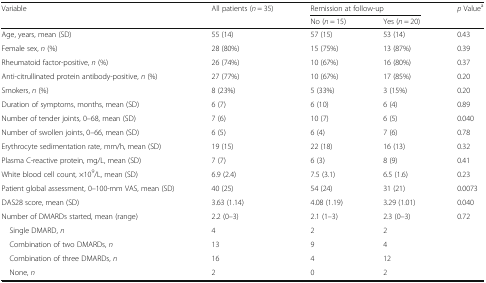
<table><thead><tr><td><b>Variable</b></td><td><b>All patients (<i>n</i> = 35)</b></td><td colspan="2"><b>Remission at follow-up</b></td><td><b><i>p</i> Value<sup>a</sup></b></td></tr><tr><td></td><td></td><td><b>No (<i>n</i> = 15)</b></td><td><b>Yes (<i>n</i> = 20)</b></td><td></td></tr></thead><tbody><tr><td>Age, years, mean (SD)</td><td>55 (14)</td><td>57 (15)</td><td>53 (14)</td><td>0.43</td></tr><tr><td>Female sex, <i>n</i> (%)</td><td>28 (80%)</td><td>15 (75%)</td><td>13 (87%)</td><td>0.39</td></tr><tr><td>Rheumatoid factor-positive, <i>n</i> (%)</td><td>26 (74%)</td><td>10 (67%)</td><td>16 (80%)</td><td>0.37</td></tr><tr><td>Anti-citrullinated protein antibody-positive, <i>n</i> (%)</td><td>27 (77%)</td><td>10 (67%)</td><td>17 (85%)</td><td>0.20</td></tr><tr><td>Smokers, <i>n</i> (%)</td><td>8 (23%)</td><td>5 (33%)</td><td>3 (15%)</td><td>0.20</td></tr><tr><td>Duration of symptoms, months, mean (SD)</td><td>6 (7)</td><td>6 (10)</td><td>6 (4)</td><td>0.89</td></tr><tr><td>Number of tender joints, 0–68, mean (SD)</td><td>7 (6)</td><td>10 (7)</td><td>6 (5)</td><td>0.040</td></tr><tr><td>Number of swollen joints, 0–66, mean (SD)</td><td>6 (5)</td><td>6 (4)</td><td>7 (6)</td><td>0.78</td></tr><tr><td>Erythrocyte sedimentation rate, mm/h, mean (SD)</td><td>19 (15)</td><td>22 (18)</td><td>16 (13)</td><td>0.32</td></tr><tr><td>Plasma C-reactive protein, mg/L, mean (SD)</td><td>7 (7)</td><td>6 (3)</td><td>8 (9)</td><td>0.41</td></tr><tr><td>White blood cell count, ×10<sup>9</sup>/L, mean (SD)</td><td>6.9 (2.4)</td><td>7.5 (3.1)</td><td>6.5 (1.6)</td><td>0.23</td></tr><tr><td>Patient global assessment, 0–100-mm VAS, mean (SD)</td><td>40 (25)</td><td>54 (24)</td><td>31 (21)</td><td>0.0073</td></tr><tr><td>DAS28 score, mean (SD)</td><td>3.63 (1.14)</td><td>4.08 (1.19)</td><td>3.29 (1.01)</td><td>0.040</td></tr><tr><td>Number of DMARDs started, mean (range)</td><td>2.2 (0–3)</td><td>2.1 (1–3)</td><td>2.3 (0–3)</td><td>0.72</td></tr><tr><td> Single DMARD, <i>n</i></td><td>4</td><td>2</td><td>2</td><td></td></tr><tr><td> Combination of two DMARDs, <i>n</i></td><td>13</td><td>9</td><td>4</td><td></td></tr><tr><td> Combination of three DMARDs, <i>n</i></td><td>16</td><td>4</td><td>12</td><td></td></tr><tr><td> None, <i>n</i></td><td>2</td><td>0</td><td>2</td><td></td></tr></tbody></table>